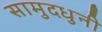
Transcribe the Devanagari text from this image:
सामुदधुनी